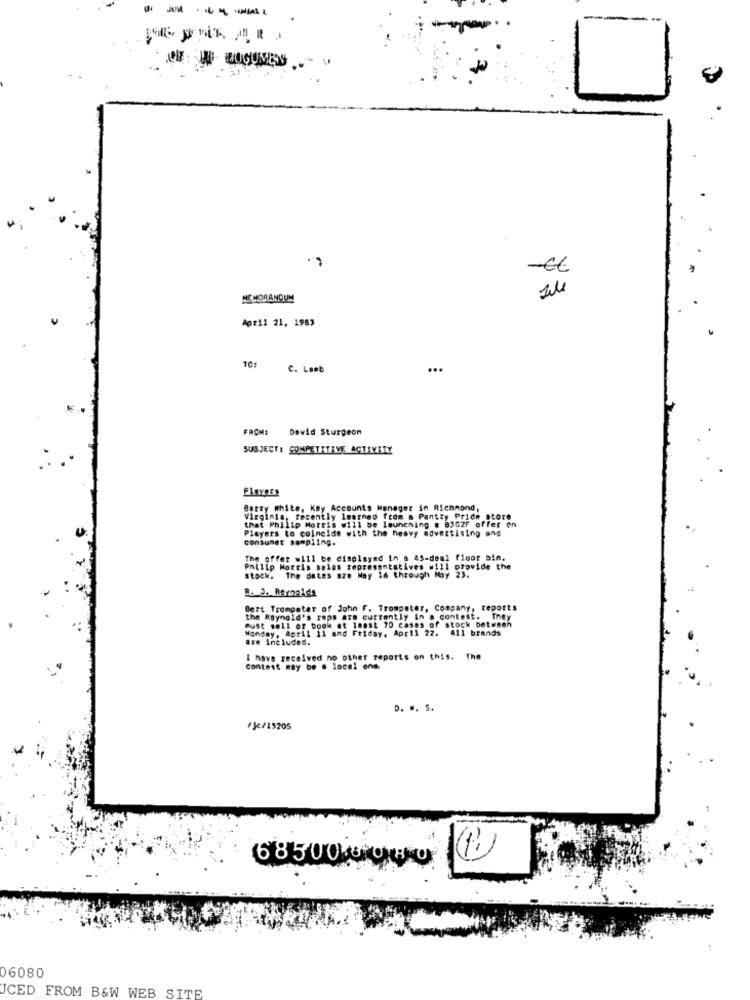
- --
MEMORANDUM
April 21, 1983
TO:
C. Lent
...
FROM:
David Sturgeon
SUBJECT: COMPETITIVE ACTIVITY
Plovers
Batty white, KBy Accounts Manager in Richmond,
Virginia, recently longned from m Pantty Pride store
that Philip Morris will be launching . 8302F offer on
Players to coincide with the heavy advertising and
consumer sampling.
The offer will be displayed in a 45-doal floor bin.
Philip Morris sales representatives will provide the
stock. The dates are Nay 16 through May 23.
R. J. Reynolds
Bert Trompeter of John F. Trompeter, Company, reports
the Raynald's reps are currently in a contest. They
Pust sell or book et 1mast 70 cases of stock between
Monday, April 11 and Friday, April 22. 411 brands
are Included.
I have received no other reports on this.
contest may be . local ons.
D. .. S.
/Je/15205
(1)
68500UOVO
06080
ICED FROM B&W WEB SITE